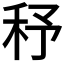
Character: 𥝱